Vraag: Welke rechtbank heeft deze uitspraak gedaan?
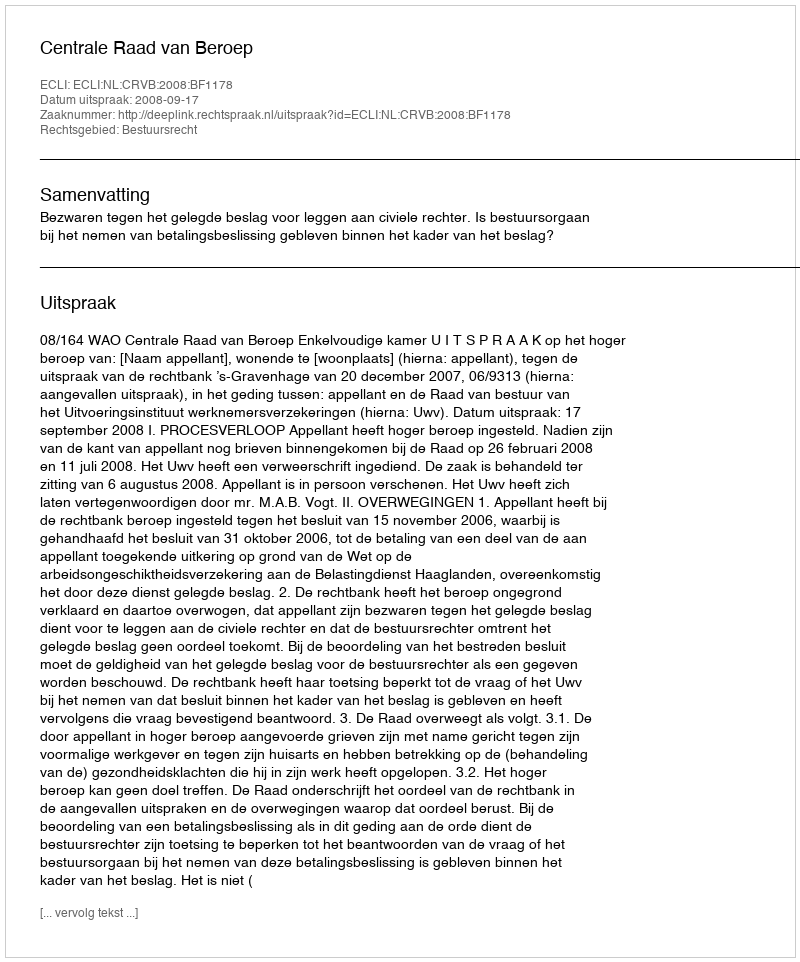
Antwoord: Centrale Raad van Beroep